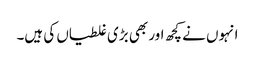
انہوں نے کچھ اور بھی بڑی غلطیاں کی ہیں۔